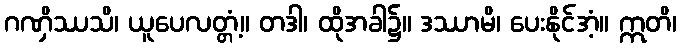
ဂဏှိဿသိ၊ ယူပေလတ္တံ့။ တဒါ၊ ထိုအခါ၌။ ဒဿာမိ၊ ပေးနိုင်အံ့။ ဣတိ၊